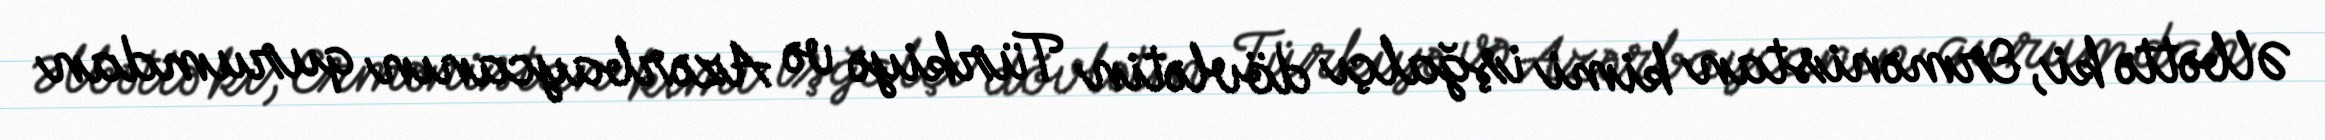
Əlbəttə ki, Ermənistan kimi işğalçı dövlətin Türkiyə və Azərbaycanın qurumdan